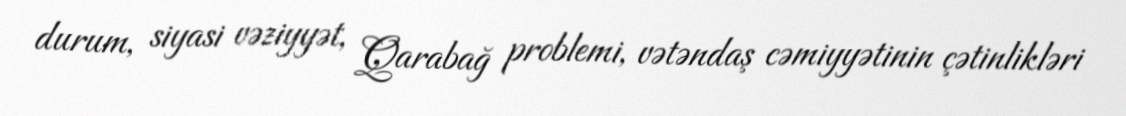
durum, siyasi vəziyyət, Qarabağ problemi, vətəndaş cəmiyyətinin çətinlikləri